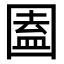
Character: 圔